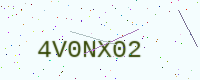
Text: 4V0NX02